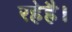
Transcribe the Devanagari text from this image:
रहेहै।